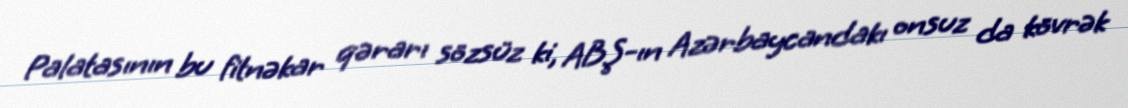
Palatasının bu fitnəkar qərarı sözsüz ki, ABŞ-ın Azərbaycandakı onsuz da kövrək